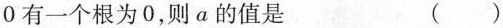
0$$有一个根为0，则a的值是 ()